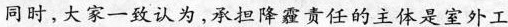
同时，大家一致认为，承担降霾责任的主体是室外工